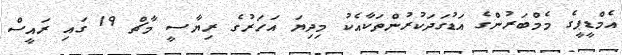
އެމްޑީޕީގެ މެމްބަރުންގެ އަޑުގަދަކުރުންތަކާއެކު މިދިޔަ އަހަރުގެ ރިޔާސީ މާޗް 19 ގައި ރައީސް